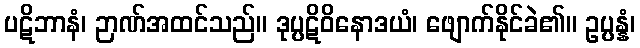
ပဋိဘာနံ၊ ဉာဏ်အထင်သည်။ ဒုပ္ပဋိဝိနောဒယံ၊ ဖျောက်နိုင်ခဲ၏။ ဥပ္ပန္နံ၊